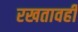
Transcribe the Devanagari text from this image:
रखतावही